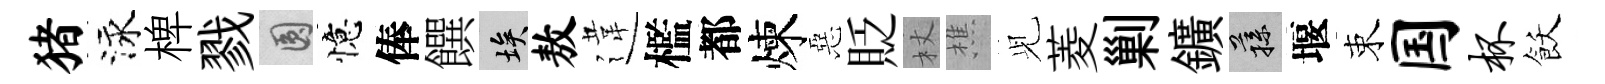
猪泳椑戮圓憶俸饌埃敖違檻都煉惡貶杖樵𫤗菱剿鑛蓀堰束国杯飫